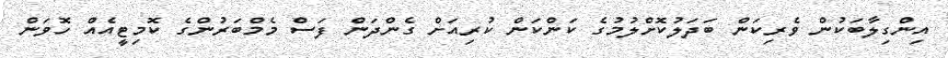
އިންގިލާބަކުން ވެރިކަން ބަދަލުކޮށްލުމުގެ ކަންކަން ކުރިއަށް ގެންދަން ފަސް މެމްބަރުންގެ ކޮމިޓީއެއް ހޮވަން